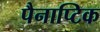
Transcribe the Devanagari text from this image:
पैनाप्टिक